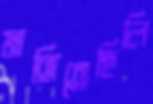
মাঙ্গিতেছিলি